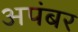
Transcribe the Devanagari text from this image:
अपंबर